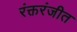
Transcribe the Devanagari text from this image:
रंक्तरंजीत